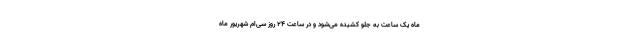
ماه یک ساعت به جلو کشیده می‌شود و در ساعت ۲۴ روز سی‌ام شهریور ماه